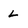
Character: L